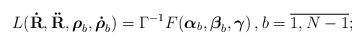
\begin{align*}L({\bf\dot R},{\bf\ddot R},{\mbox{\boldmath$\rho$}}_b , {\mbox{\boldmath$\dot\rho$}}_b) =\Gamma^{-1}F({\mbox{\boldmath$\alpha$}}_b,{\mbox{\boldmath$\beta$}}_b,{\mbox{\boldmath$\gamma$}})\,, b=\overline{1,N-1};\end{align*}